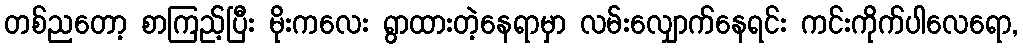
တစ်ညတော့ စာကြည့်ပြီး မိုးကလေး ရွာထားတဲ့နေရာမှာ လမ်းလျှောက်နေရင်း ကင်းကိုက်ပါလေရော,